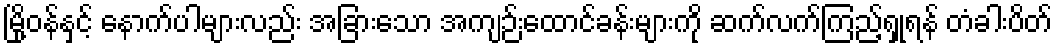
မြို့ဝန်နှင့် နောက်ပါများလည်း အခြားသော အကျဉ်းထောင်ခန်းများကို ဆက်လက်ကြည့်ရှုရန် တံခါးပိတ်